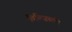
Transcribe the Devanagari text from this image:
विल्ज़िस्की